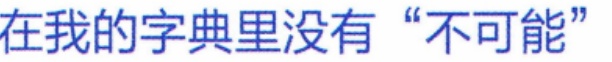
在我的字典里没有“不可能”